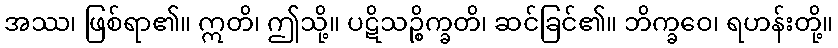
အဿ၊ ဖြစ်ရာ၏။ ဣတိ၊ ဤသို့။ ပဋိသဉ္စိက္ခတိ၊ ဆင်ခြင်၏။ ဘိက္ခဝေ၊ ရဟန်းတို့။